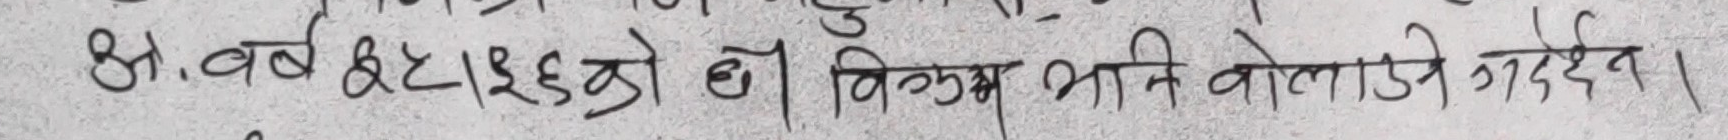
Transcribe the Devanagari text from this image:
अ. बर्ष ४६।३६ को ठा। विकल्प भावि बोलउरे अदैन ।